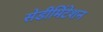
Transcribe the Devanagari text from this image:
सेडीमिंटेशन